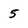
Character: 5